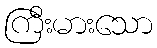
ကြီးမားသော